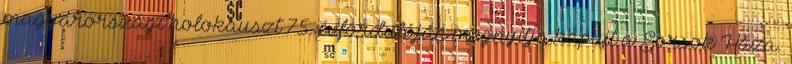
magyarországi holokauszt 75. évfordulóján megnyitja kapuit a Sorsok Háza.